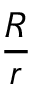
\frac { R } { r }